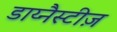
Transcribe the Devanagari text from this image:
डाय्नैस्टीज़